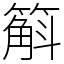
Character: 䈸